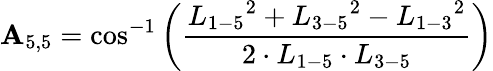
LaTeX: {\mathbf{A}_{5,5}}=\cos^{-1}\left(\frac{{{L_{1-5}}^{2}+{L_{3-5}}^{2}-{L_{1-3}}^{2}}}{{2\cdot{L_{1-5}}\cdot{L_{3-5}}}}\right)